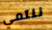
ننتمي